Malarial fevers
Disease focus: Malaria
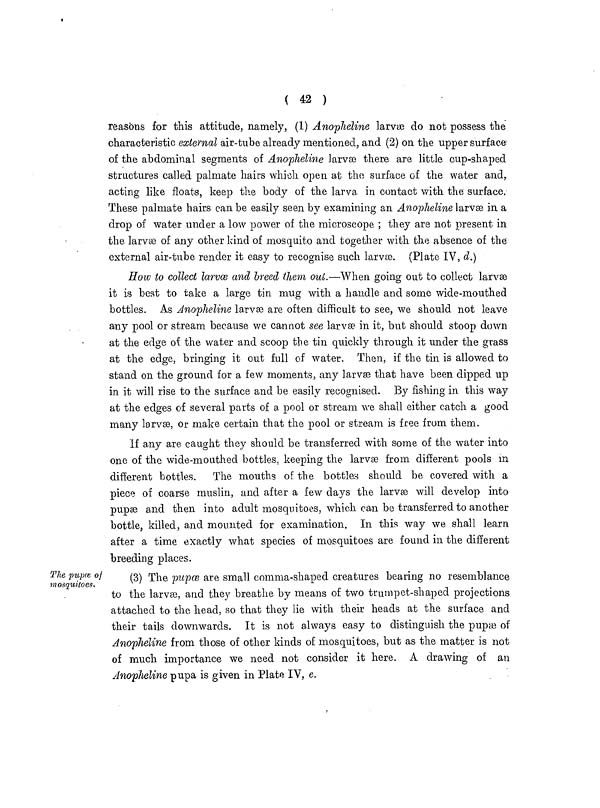
( 42 )
reasons for this attitude, namely, (1) Anopheline larvae do not possess the
characteristic external air-tube already mentioned, and (2) on the upper surface
of the abdominal segments of Anopheline larvæ there are little cup-shaped
structures called palmate hairs which open at the surface of the water and.
acting like floats, keep the body of the larva in contact with the surface.
These palmate hairs can be easily seen by examining an Anopheline larvæ in a
drop of water under a low power of the microscope ; they are not present in
the larvæ of any other kind of mosquito and together with the absence of the
external air-tube render it easy to recognise such larvæ. (Plate IV, d.)
How to collect larvæ and breed them out.—When going out to collect larvæ
it is best to take a large tin mug with a handle and some wide-mouthed
bottles. As Anopheline larvæ are often difficult to see, we should not leave
any pool or stream because we cannot see larvæ in it, but should stoop down
at the edge of the water and scoop the tin quickly through it under the grass
at the edge, bringing it out full of water. Then, if the tin is allowed to
stand on the ground for a few moments, any larvæ that have been dipped up
in it will rise to the surface and be easily recognised. By fishing in this way
at the edges of several parts of a pool or stream we shall either catch a good
many larvæ, or make certain that the pool or stream is free from them.
if any are caught they should be transferred with some of the water into
one of the wide-mouthed bottles, keeping the larvæ from different pools in
different bottles.
The mouths of the bottles should be covered with a
piece of coarse muslin, and after a few days the larvæ will develop into
pupae and then into adult mosquitoes, which can be transferred to another
bottle, killed, and mounted for examination. In this way we shall learn
after a time exactly what species of mosquitoes are found in the different
breeding places.
The pupæ of
mosquitoes.
(3) The pupæ are small comma-shaped creatures bearing no resemblance
to the larvæ, and they breathe by means of two trumpet-shaped projections
attached to the head, so that they lie with their heads at the surface and
their tails downwards. It is not always easy to distinguish the pupæ of
Anopheline from those of other kinds of mosquitoes, but as the matter is not
of much importance we need not consider it here. A drawing of an
Anopheline pupa is given in Plate IV. e.